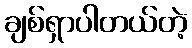
ချစ်ရှာပါတယ်တဲ့